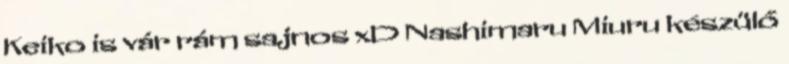
Keiko is vár rám sajnos xD Nashimaru Miuru készülő